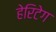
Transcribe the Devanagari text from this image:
हेरिटेग